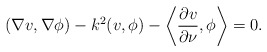
\begin{align*}( \nabla v, \nabla \phi ) - k^2 ( v, \phi) - \left\langle \frac{\partial v}{\partial \nu}, \phi \right\rangle = 0.\end{align*}